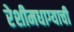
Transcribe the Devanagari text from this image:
रेशीमधाग्याची